system: You are a helpful assistant.
user:
Analyze the provided spectrum to determine if it is a **White Dwarf (WD)**.

A White Dwarf spectrum is defined by its **extreme purity** (due to gravitational settling) and/or **extreme pressure broadening** (due to high surface gravity). You must check for one of the following mutually exclusive signatures:

- **Key Visual Indicators (Check for ONE of these types):**

    - **1. DA-Type Signature (Most Common):**
        - **(Primary Feature):** Extreme pressure broadening (Stark broadening) of the **Hydrogen (H) Balmer lines**.
        - **(Key Lines):** $H\beta$ (approx. $4861$ Å) and $H\gamma$ (approx. $4340$ Å). $H\alpha$ (approx. $6563$ Å) will also be present if the wavelength range covers it.
        - **(Line Profile):** This is the **defining feature**. The lines are **NOT** sharp. They appear as massive, **extremely broad and deep "troughs" or "dips"** in the spectrum, often hundreds of Ångströms wide. The continuum will appear to "scoop" down at these wavelengths.
        - **(Distinction):** Normal A-type or B-type stars have *narrow* and *sharp* Hydrogen lines. A DA White Dwarf's lines are unmistakably "smeared" or "blurry" from pressure.

    - **2. DB-Type Signature:**
        - **(Primary Feature):** Broad absorption lines from **Neutral Helium (He I)**. The spectrum must lack any visible Hydrogen lines.
        - **(Key Lines):** Look for broad absorption near $4471$ Å, $4921$ Å, and $5876$ Å.
        - **(Line Profile):** These lines are also significantly pressure-broadened, appearing much wider than they would in a normal B-type main-sequence star.

    - **3. DC-Type Signature:**
        - **(Primary Feature):** A **featureless continuous spectrum**.
        - **(Line Profile):** The spectrum is a smooth curve with **no significant absorption or emission lines**.
        - **(Key Confirmation):** The continuum is almost always **blue or white**, indicating a hot object. This signature implies the atmosphere is so pure (or so cool) that no spectral lines are visible in the optical range. Its WD identity is confirmed by its extremely low intrinsic brightness (high absolute magnitude).

    - **4. DZ-Type Signature (Metal-Polluted):**
        - **(Primary Feature):** **Isolated, narrow metal absorption lines** on an otherwise featureless (DC-like) continuum.
        - **(Key Lines):** The **Calcium (Ca II) H & K doublet** (approx. **$3934$ Å** and **$3968$ Å**) is the most common and defining feature.
        - **(Line Profile):** These lines are "out of place." They are *not* part of a "forest" of thousands of lines. This signature is evidence of recent *accretion* (pollution) from rocky debris.
        - **(Distinction):** Normal G/K/M stars have a *dense forest* of thousands of metal lines. A DZ has a *clean* continuum with *only a few* strong metal lines.

    - **5. DQ-Type Signature (Carbon-Polluted):**
        - **(Primary Feature):** Absorption bands from **Carbon (C₂ "Swan Bands" or atomic C I)**.
        - **(Key Lines - C₂):** Look for bandheads with a "saw-tooth" shape near $5635$ Å, **$5165$ Å** (strongest), and $4737$ Å.
        - **(Key Confirmation):** The underlying **continuum must be blue or white** (hot).
        - **(Distinction):** This is the critical difference from a **Carbon Star**, which has the *exact same* C₂ bands but on an extremely **red, cool** continuum.

- **(Overall Spectrum):**
    - The continuum (overall shape) is typically **blue-sloping** (brighter in the blue than the red), as most white dwarfs are very hot.
    - The spectrum will look "pure" or "simple," dominated by only *one* of the five signatures listed above.

Think first, call **spectral_visualization_tool** if needed to examine features in detail, then provide your final answer. Your response must adhere to the following strict rules:
1.  **Overall Structure:** Your response must follow the format `<think>...</think> <tool_call>...</tool_call> (if a tool is used) <answer>...</answer>`.
2.  **Tool Usage Constraint:** You may only make **one** tool call per turn.
3.  **Final Answer Format:** In the `<answer>` tag, your conclusion must be inside a `\boxed{}` command (e.g., `\boxed{YES}` or `\boxed{NO}`), followed by your justification.

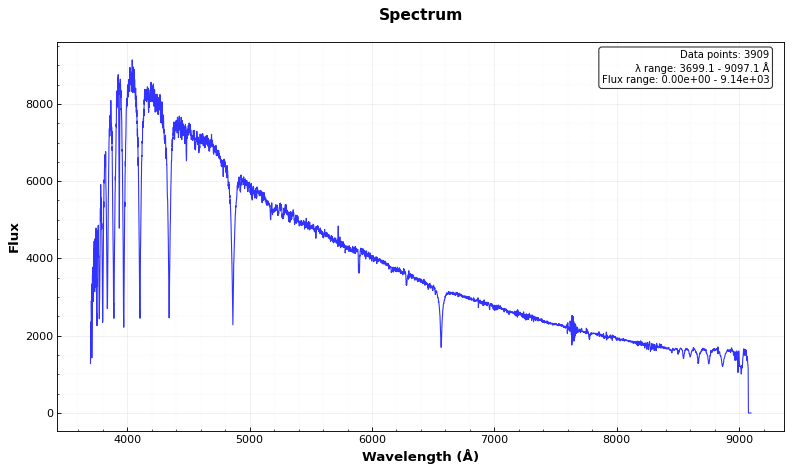
Answer: NO